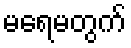
မရေမတွက်